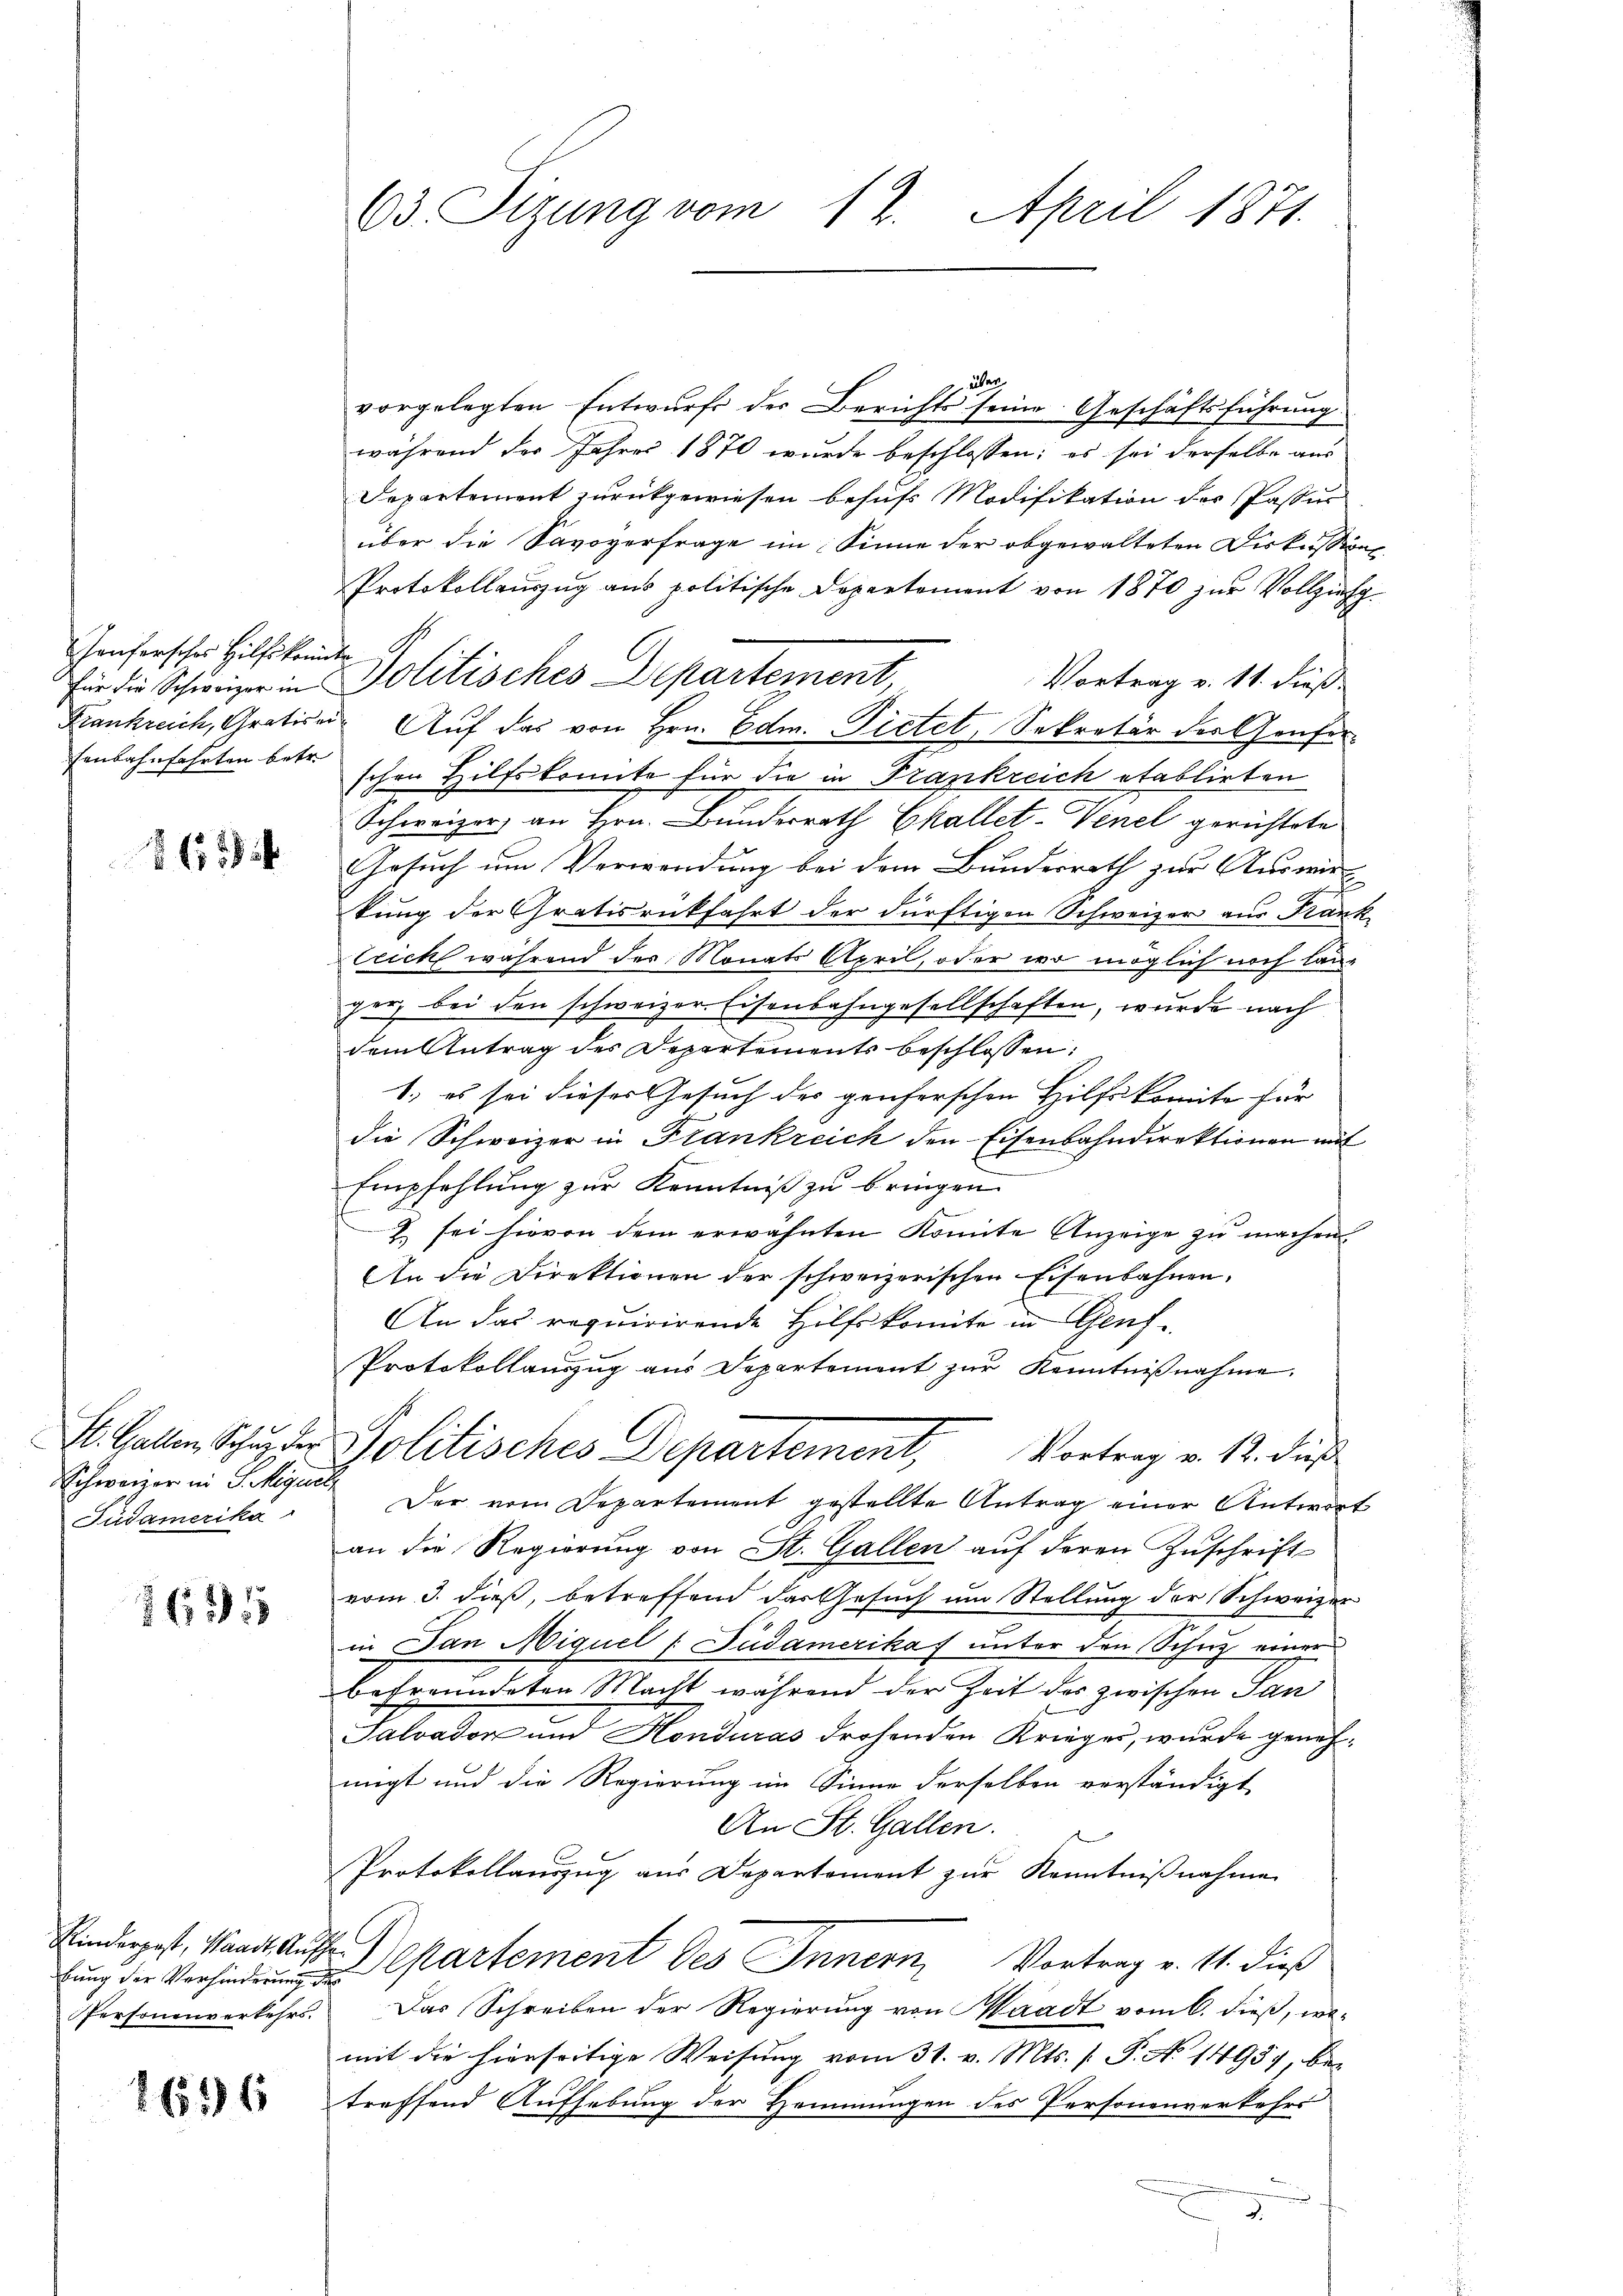
Haufersches Hilfskonnte.
fenbahnfahrten betr.

865

St. Gallen, Schuz der
Schweizer in S. Magist
Püdamerika

1635

Kinderpest, Waadt, Aufh
Personenverkehrs.

1651

63. Tizung vom 17. April 1871.

Für die Schweizer in Politisches Departement,

über
vorgelegten Entwurfs der Berichts seine Geschäftsführung
während der Jahres 1870 wurde beschlossen; es sei derselbe aus
Departement zurückgewiesen besuchs Modifikation der Passur
über die Savoyerfrage im Sinne der abgewalteten Diskussions¬
Protokollauszug aus politische Departement von 1870 zur Vollzieh¬
Vortrag v. 11. dieß.
Frankreich, Grative Auf das von Hrn. Edm. Pietet, Sekretär der Genferschen Hilfskonnte für die in Frankreich etablirten
Schweizer an Hrn. Bunderrath Ekallet-Venel gerichtete
Gesuch um Verwendung bei dem Bundesrath zur Auswir-
kung der Gratisrückfahrt der dürftigen Schweizer aus Frank
lrich während der Monats April, oder wo möglich noch lauger, bei den schweizer Eisenbahngesellschaften, wurde nach
dem Antrag des Departements beschlossen:
1., es sei dieses Gesuch der genferschen Hilfskomite für
die Schweizer in Frankreich den Eisenbahndirektionen mit
Empfehlung zur Kenntniß zu bringen.
2 sei hievon dem erwähnten Komite Anzeige zŭ machen
An die Direktionen der schweizerischen Eisenbahnen.
An das requirirende Hilfskomite in Genf
Protokollauszug aus Departement zŭr Kenntniβnahme.
Politisches Departement, Vortrag v. M. dies
Der vom Departement gestellte Antrag einer Antwort
an die Regierŭng von St. Gallen aŭf deren Zŭschrift
vom 3. dieß, betreffend das Gesuch um Stellung der Schweizer
in Jan Miguel /: Südamerikas unter den Scherz einer
befreundeten Macht während der Zeit des zwischen San
Saloadon und Honduras drohenden Krieger, wurde genehmigt und die Regierung im Sinne derselben verständigt
An St. Gallen.
Protokollanzŭg aŭs Departement zŭr Kenntniβnahme
artement des Innern, Vortrag v. 11. dieß
Das Schreiben der Regierung von Waadt vom 6. dieß, womit die hierseitige Weisung vom 31. v. Mts. (: P. No 14957, bei
treffend Aufhebung der Hommungen des Personenverkehrs
n
.